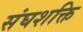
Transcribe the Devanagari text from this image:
संघशक्ति